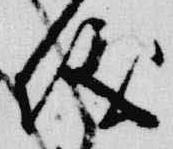
儀